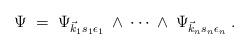
LaTeX: \begin{align*}\Psi \;=\; \Psi_{\vec{k}_1 s_1 \epsilon_1} \:\wedge\: \cdots \:\wedge\:\Psi_{\vec{k}_n s_n \epsilon_n} \;. \end{align*}